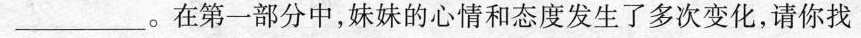
___。在第一部分中，妹妹的心情和态度发生了多次变化，请你找